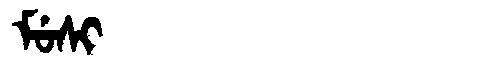
Manchu: ᠮᡠᠰᡳ
Romanization: MUSI